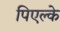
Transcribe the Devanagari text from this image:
पिएल्के